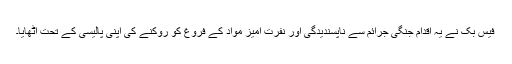
فیس بک نے یہ اقدام جنگی جرائم سے ناپسندیدگی اور نفرت آمیز مواد کے فروغ کو روکنے کی اپنی پالیسی کے تحت اُٹھایا۔